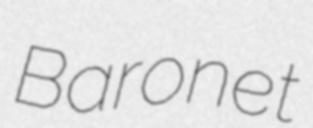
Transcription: Baronet